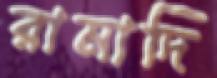
রামাদি